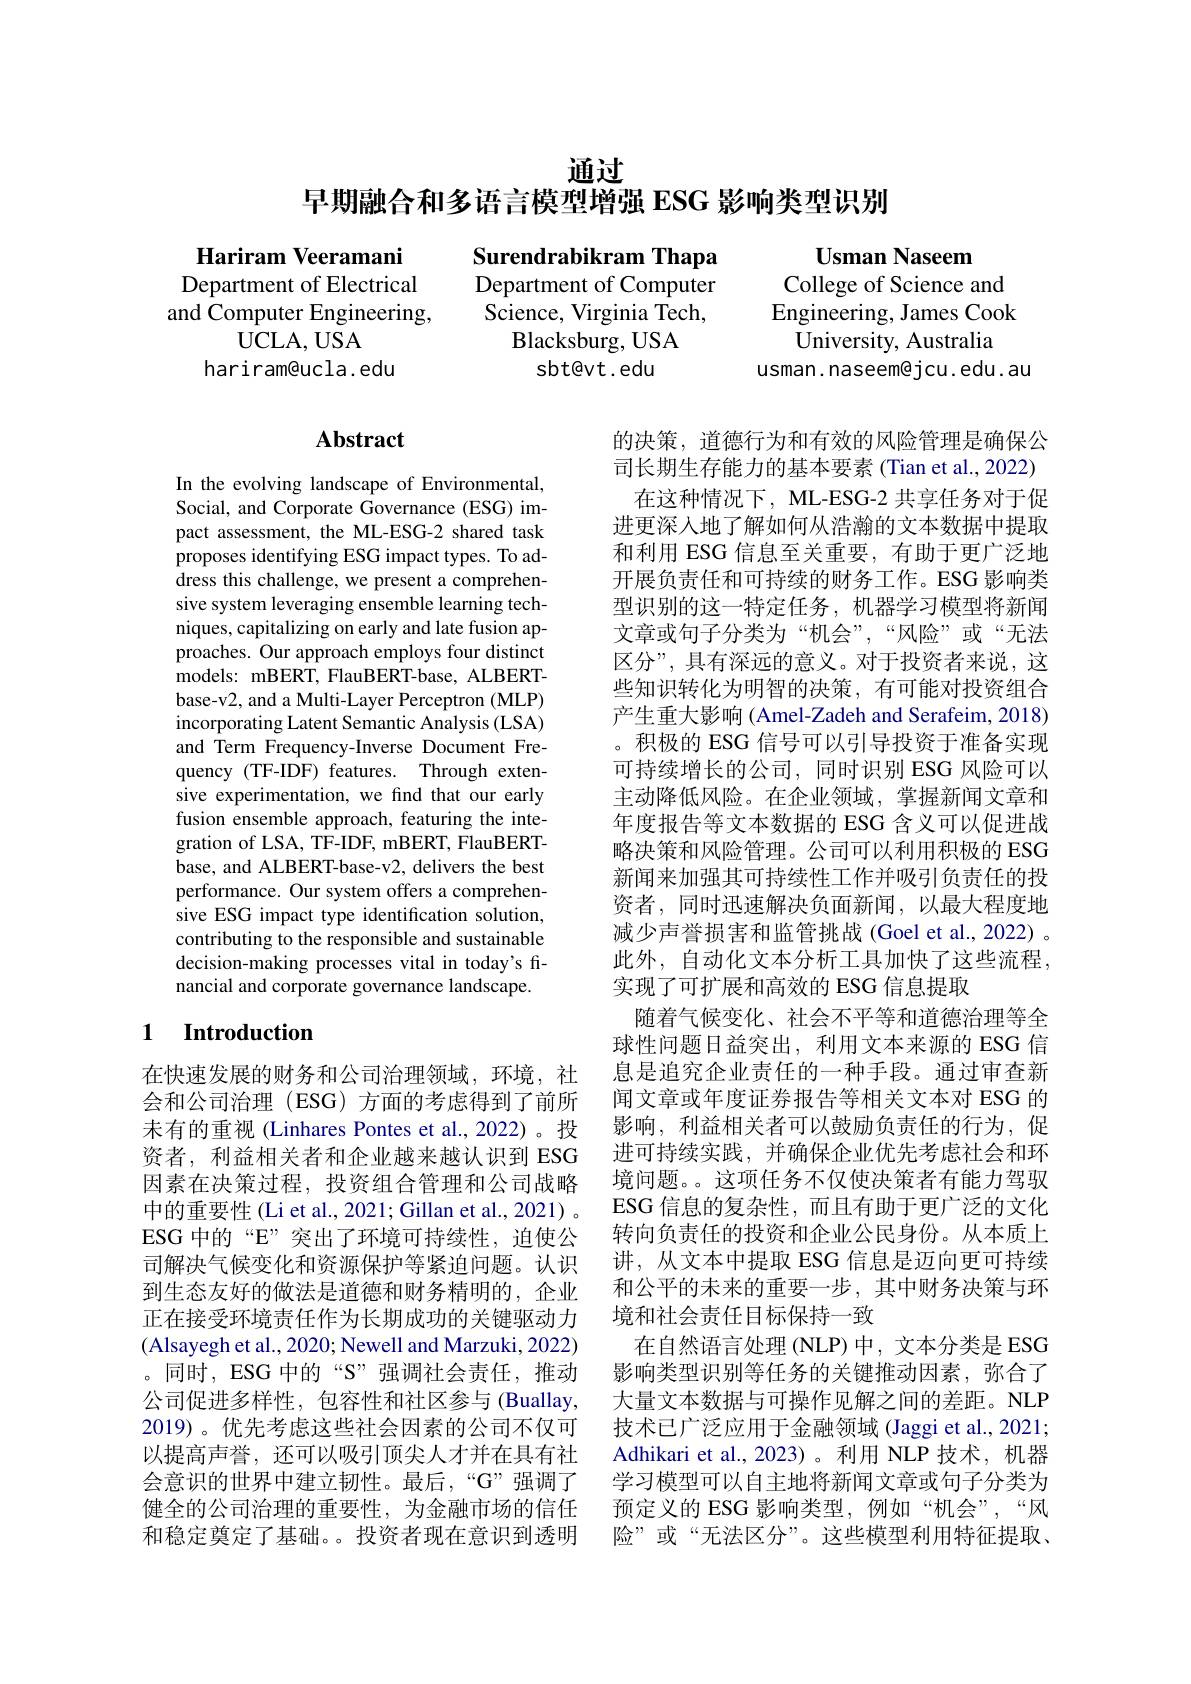
通过
早期融合和多语言模型增强 ESG 影响类型识别

Surendrabikram Thapa

Department of Computer

$\begin{array}{c}\mathbf{Usman}&\textbf{Naseem}\\\text{College of Science and}\\\text{Engineering, James Cook}\end{array}$
$\bar{\text{University, Australia}}$
usman. naseem@jcu. edu. au

Science, Virginia Tech,

Hariram Veeramani
$\begin{array}{c}\text{Department of Electrical}\\\mathrm{and~Computer~Engineering,}\\\end{array}$
UCLA, USA
hariram@ucla.edu

Blacksburg, USA

sbt@vt.edu

## $\mathbf{Abstract}$

In the evolving landscape of Environmental, Social, and Corporate Governance (ESG) impact assessment, the ML-ESG-2 shared task proposes identifying ESG impact types. To address this challenge, we present a comprehensive system leveraging ensemble learning techniques, capitalizing on early and late fusion approaches. Our approach employs four distinct models: mBERT, FlauBERT-base, ALBERTbase-v2, and a Multi-Layer Perceptron (MLP) incorporating Latent Semantic Analysis (LSA) and Term Frequency-Inverse Document Frequency (TF-IDF) features. Through extensive experimentation, we find that our early fusion ensemble approach, featuring the integration of LSA, TF-IDF, mBERT, FlauBERTbase, and ALBERT-base-v2, delivers the best performance. Our system offers a comprehensive ESG impact type identification solution, contributing to the responsible and sustainable decision-making processes vital in today's financial and corporate governance landscape.

的决策，道德行为和有效的风险管理是确保公司长期生存能力的基本要素 (Tian et al., 2022) 在这种情况下，ML-ESG-2 共享任务对于促
进更深人地了解如何从浩瀚的文本数据中提取和利用 ESG 信息至关重要，有助于更广泛地开展负责任和可持续的财务工作。ESG 影响类型识别的这一特定任务，机器学习模型将新闻文章或句子分类为“机会”,“风险”或“无法区分”, 具有深远的意义。对于投资者来说，这些知识转化为明智的决策，有可能对投资组合产生重大影响 (Amel-Zadeh and Serafeim, 2018) 。积极的 ESG 信号可以引导投资于准备实现可持续增长的公司，同时识别 ESG 风险可以主动降低风险。在企业领域，掌握新闻文章和年度报告等文本数据的 ESG 含义可以促进战略决策和风险管理。公司可以利用积极的 ESG 新闻来加强其可持续性工作并吸引负责任的投资者，同时迅速解决负面新闻，以最大程度地减少声誉损害和监管挑战 (Goel et al., 2022) 。此外，自动化文本分析工具加快了这些流程， 实现了可扩展和高效的 ESG 信息提取
随着气候变化、社会不平等和道德治理等全球性问题日益突出，利用文本来源的 ESG 信息是追究企业责任的一种手段。通过审查新闻文章或年度证券报告等相关文本对 ESG 的影响，利益相关者可以鼓励负责任的行为，促进可持续实践，并确保企业优先考虑社会和环境问题。。这项任务不仅使决策者有能力驾驭ESG 信息的复杂性，而且有助于更广泛的文化转向负责任的投资和企业公民身份。从本质上讲，从文本中提取 ESG 信息是迈向更可持续和公平的未来的重要一步，其中财务决策与环境和社会责任目标保持一致
在自然语言处理 (NLP)中，文本分类是 ESG 影响类型识别等任务的关键推动因素，弥合了大量文本数据与可操作见解之间的差距。NLP 技术已广泛应用于金融领域 (Jaggi et al., 2021; Adhikari et al.,2023)。利用 NLP 技术，机器学习模型可以自主地将新闻文章或句子分类为预定义的 ESG 影响类型，例如“机会”,“风险”或“无法区分”。这些模型利用特征提取、

## 1 $\textbf{Introduction}$

在快速发展的财务和公司治理领域，环境，社会和公司治理(ESG)方面的考虑得到了前所未有的重视 (Linhares Pontes et al.,2022)。投资者，利益相关者和企业越来越认识到 ESG 因素在决策过程，投资组合管理和公司战略中的重要性(Li et al., 2021; Gillan et al., 2021) 。ESG 中的“E”突出了环境可持续性，迫使公司解决气候变化和资源保护等紧迫问题。认识到生态友好的做法是道德和财务精明的，企业正在接受环境责任作为长期成功的关键驱动力(Alsayegh et al., 2020; Newell and Marzuki, 2022) 。同时，ESG 中的“S”强调社会责任，推动公司促进多样性，包容性和社区参与(Buallay, 2019)。优先考虑这些社会因素的公司不仅可以提高声誉，还可以吸引顶尖人才并在具有社会意识的世界中建立韧性。最后，“G”强调了健全的公司治理的重要性，为金融市场的信任和稳定奠定了基础。。投资者现在意识到透明